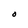
Character: O